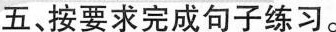
五、按要求完成句子练习。